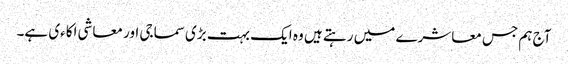
آج ہم جس معاشرے میں رہتے ہیں وہ ایک بہت بڑی سماجی اور معاشی اکاءی ہے۔